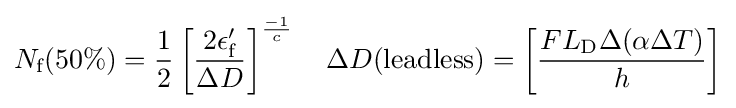
N_{\text{f}}(50\%)={\frac {1}{2}}\left[{\frac {2\epsilon '_{\text{f}}}{\Delta D}}\right]^{\frac {-1}{c}}\quad \Delta D({\text{leadless}})=\left[{\frac {FL_{\text{D}}\Delta (\alpha \Delta T)}{h}}\right]